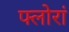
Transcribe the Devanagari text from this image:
फ्लोरां